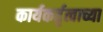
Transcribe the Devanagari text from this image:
कार्यकर्तृत्वाच्या